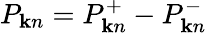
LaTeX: P_{{\mathbf k}n}=P_{{\mathbf k}n}^{+}-P_{{\mathbf k}n}^{-}